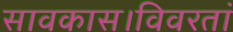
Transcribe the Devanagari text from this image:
सावकास।विवरतां